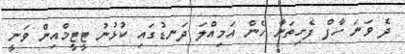
ދެ ވަނަ ހާފް ފެށިތަނާ ހެން އަމިއްލަ ދަނޑުގައި ކުޅުނު ޓީޓީމްއިން ވަނީ